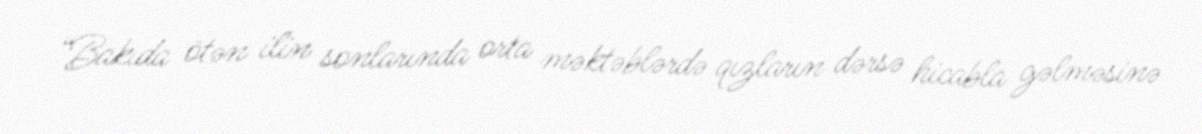
“Bakıda ötən ilin sonlarında orta məktəblərdə qızların dərsə hicabla gəlməsinə